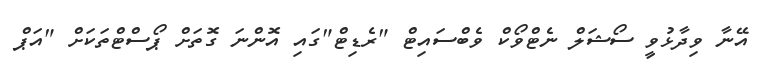
އޭނާ ވިދާޅުވީ ސޯޝަލް ނެޓްވޯކް ވެބްސައިޓް "ރެޑިޓް"ގައި އޮންނަ ގޮތަށް ޕޯސްޓްތަކަށް "އަޕް